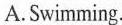
A. Swimming.